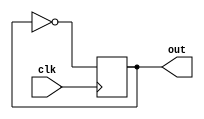
module blinking(
  clk,
  out
);

input clk;
output out;

  always @(posedge clk) begin
    out = ~out;
  end

endmodule